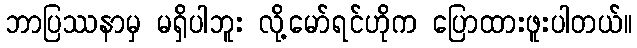
ဘာပြဿနာမှ မရှိပါဘူး လို့မော်ရင်ဟိုက ပြောထားဖူးပါတယ်။